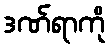
ဒဏ်ရာကို